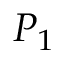
P _ { 1 }